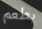
بطعم